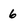
Character: 6